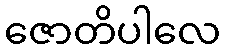
ဇောတိပါလေ